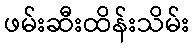
ဖမ်းဆီးထိန်းသိမ်း